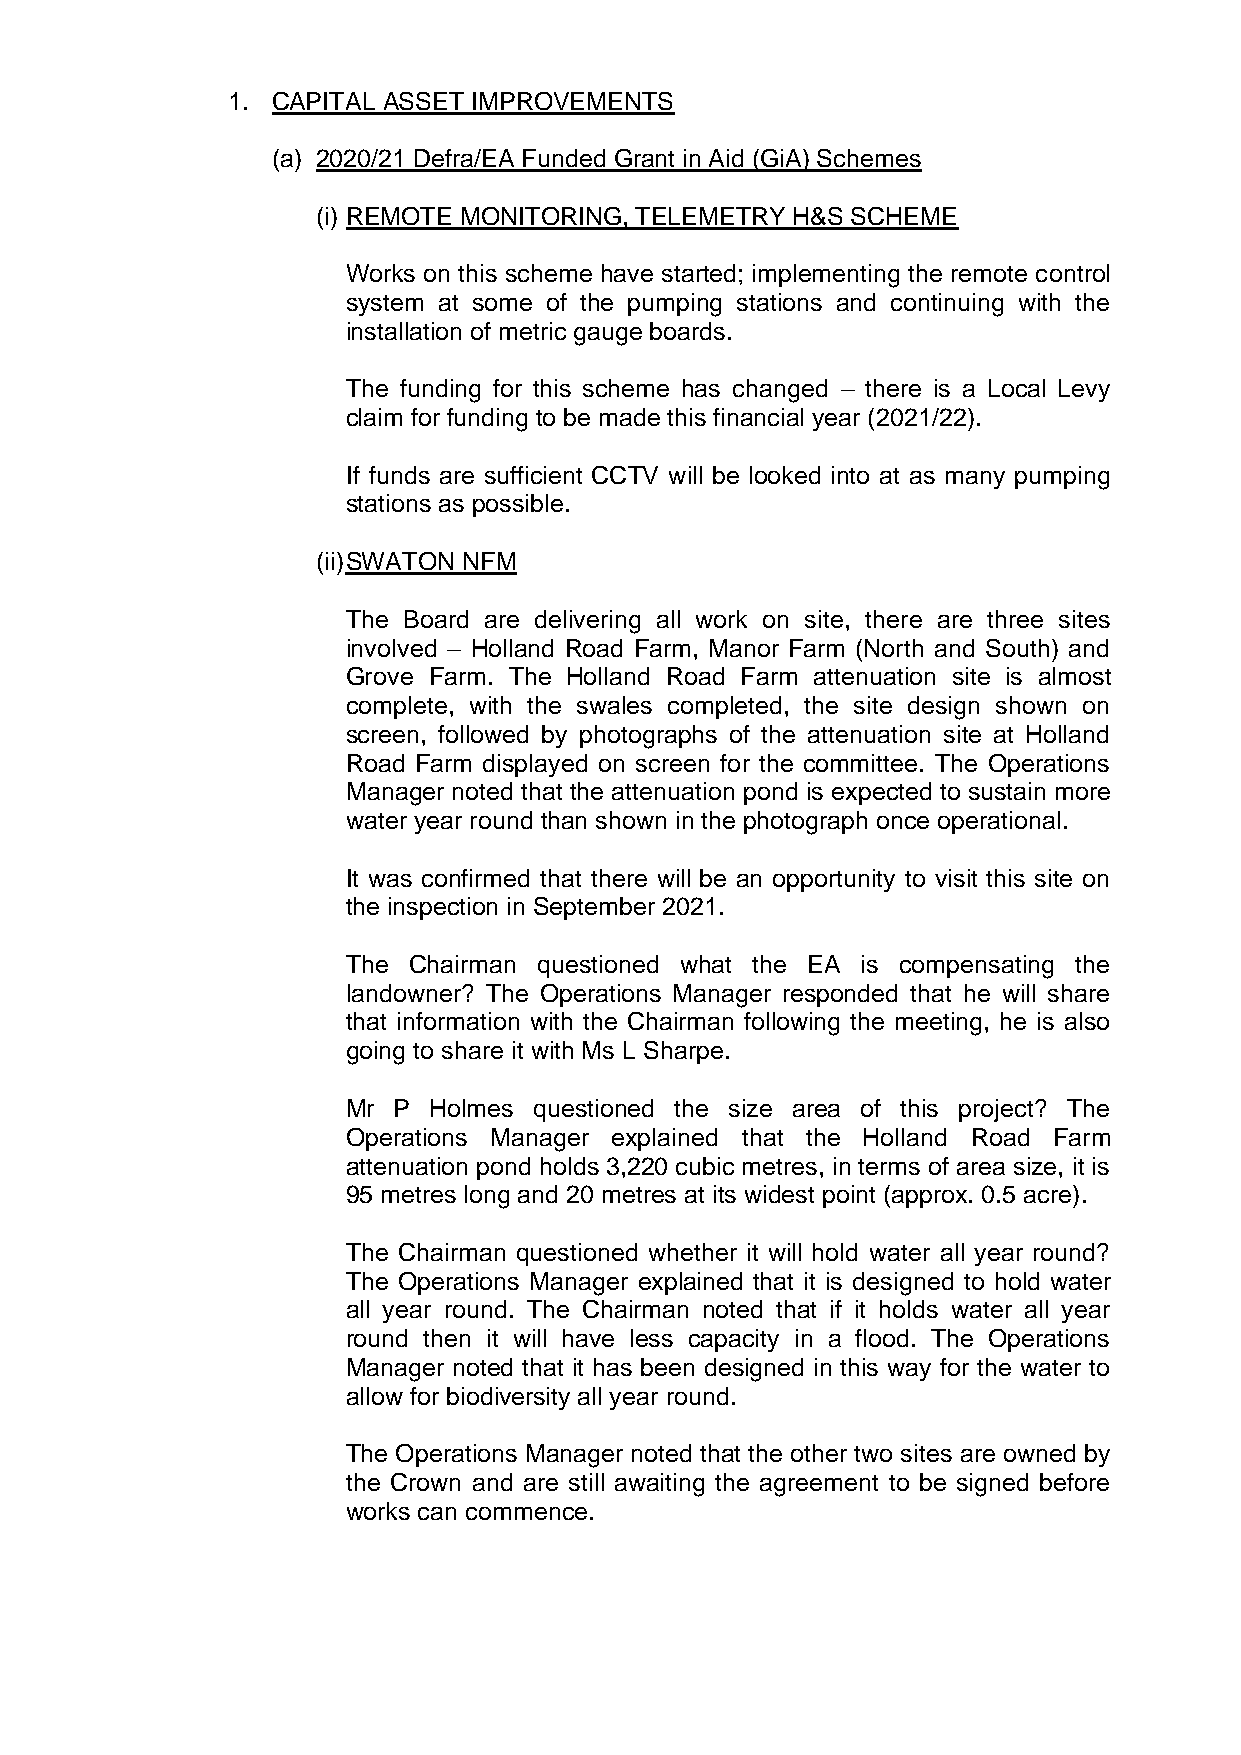
1. CAPITAL ASSET IMPROVEMENTS
 (a) 2020/21 Defra/EA Funded Grant in Aid (GiA) Schemes
 (i) REMOTE MONITORING, TELEMETRY H&S SCHEME
 Works on this scheme have started; implementing the remote control
 system at some of the pumping stations and continuing with the
 installation of metric gauge boards.
 The funding for this scheme has changed – there is a Local Levy
 claim for funding to be made this financial year (2021/22).
 If funds are sufficient CCTV will be looked into at as many pumping
 stations as possible.
 (ii) SWATON NFM
 The Board are delivering all work on site, there are three sites
 involved – Holland Road Farm, Manor Farm (North and South) and
 Grove Farm. The Holland Road Farm attenuation site is almost
 complete, with the swales completed, the site design shown on
 screen, followed by photographs of the attenuation site at Holland
 Road Farm displayed on screen for the committee. The Operations
 Manager noted that the attenuation pond is expected to sustain more
 water year round than shown in the photograph once operational.
 It was confirmed that there will be an opportunity to visit this site on
 the inspection in September 2021.
 The Chairman questioned what the EA is compensating the
 landowner? The Operations Manager responded that he will share
 that information with the Chairman following the meeting, he is also
 going to share it with Ms L Sharpe.
 Mr P Holmes questioned the size area of this project? The
 Operations Manager explained that the Holland Road Farm
 attenuation pond holds 3,220 cubic metres, in terms of area size, it is
 95 metres long and 20 metres at its widest point (approx. 0.5 acre).
 The Chairman questioned whether it will hold water all year round?
 The Operations Manager explained that it is designed to hold water
 all year round. The Chairman noted that if it holds water all year
 round then it will have less capacity in a flood. The Operations
 Manager noted that it has been designed in this way for the water to
 allow for biodiversity all year round.
 The Operations Manager noted that the other two sites are owned by
 the Crown and are still awaiting the agreement to be signed before
 works can commence.